Lunatic asylums Central Provinces reports 1874-1885 - 1874-1885
Year: 1874
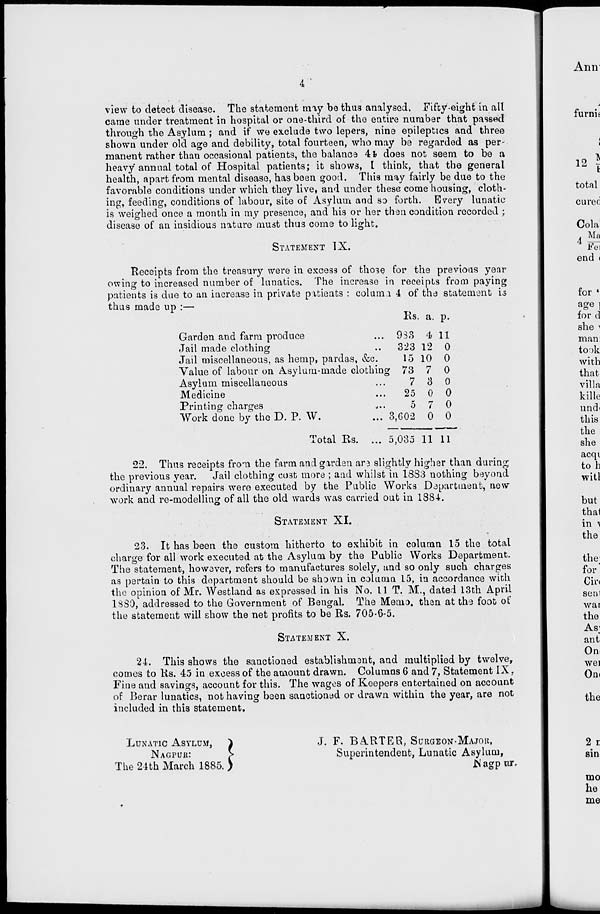
4
view to detect disease. The statement may be thus analysed. Fifty-eight in all
came under treatment in hospital or one-third of the entire number that passed
through the Asylum; and if we exclude two lepers, nine epileptics and three
shown under old age and debility, total fourteen, who may be regarded as per-
manent rather than occasional patients, the balance 44 does not seem to be a
heavy annual total of Hospital patients; it shows, I think, that the general
health, apart from mental disease, has been good. This may fairly be due to the
favorable conditions under which they live, and under these come housing, cloth-
ing, feeding, conditions of labour, site of Asylum and so forth. Every lunatic
is weighed once a month in my presence, and his or her then condition recorded ;
disease of an insidious nature must thus come to light.
STATEMENT IX.
Receipts from the treasury were in excess of those for the previous year
owing to increased number of lunatics. The increase in receipts from paying
patients is due to an increase in private patients : column 4 of the statement is
thus made up :—
Garden and farm produce ...
Jail made clothing ...
Jail miscellaneous, as hemp, pardas, &c.
Value of labour on Asylum-made clothing
Asylum miscellaneous ...
Medicine ...
Printing charges ...
Work done by the D. P. W. ...
Total Rs. ...
Rs.
983
323
15
73
7
25
5
3,602
5,035
a.
4
12
10
7
3
0
7
0
11
p.
11
0
0
0
0
0
0
0
11
22. Thus receipts from the farm and garden are slightly higher than during
the previous year.
Jail clothing cost more ; and whilst in 1883 nothing beyond
ordinary annual repairs were executed by the Public Works Department, new
work and re-modelling of all the old wards was carried out in 1884.
STATEMENT XI.
23. It has been the custom hitherto to exhibit in column 15 the total
charge for all work executed at the Asylum by the Public Works Department.
The statement, however, refers to manufactures solely, and so only such charges
as pertain to this department should be shown in column 15, in accordance with
the opinion of Mr. Westland as expressed in his No. 11 T. M., dated 13th April
1880, addressed to the Government of Bengal. The Memo. then at the foot of
the statement will show the net profits to be Rs. 705-6-5.
STATEMENT X.
24. This shows the sanctioned establishment, and multiplied by twelve,
comes to Rs. 45 in excess of the amount drawn. Columns 6 and 7, Statement IX,
Fine and savings, account for this. The wages of Keepers entertained on account
of Berar lunatics, not having been sanctioned or drawn within the year, are not
included in this statement.
LUNATIC ASYLUM,
NAGPUR:
The 24th March 1885.
J. F. BARTER, SURGEON-MAJOR,
Superintendent, Lunatic Asylum,
Nagpur.